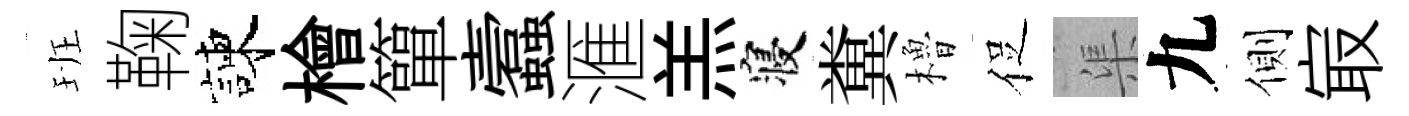
班鞠諫檜簞蠧滙羔寝糞櫓促渠九側㝡